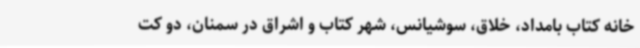
خانه کتاب بامداد، خلاق، سوشیانس، شهر کتاب و اشراق در سمنان، دو کت